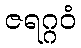
ဇရဂ္ဂဝံ